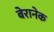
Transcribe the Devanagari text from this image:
बेरानेक